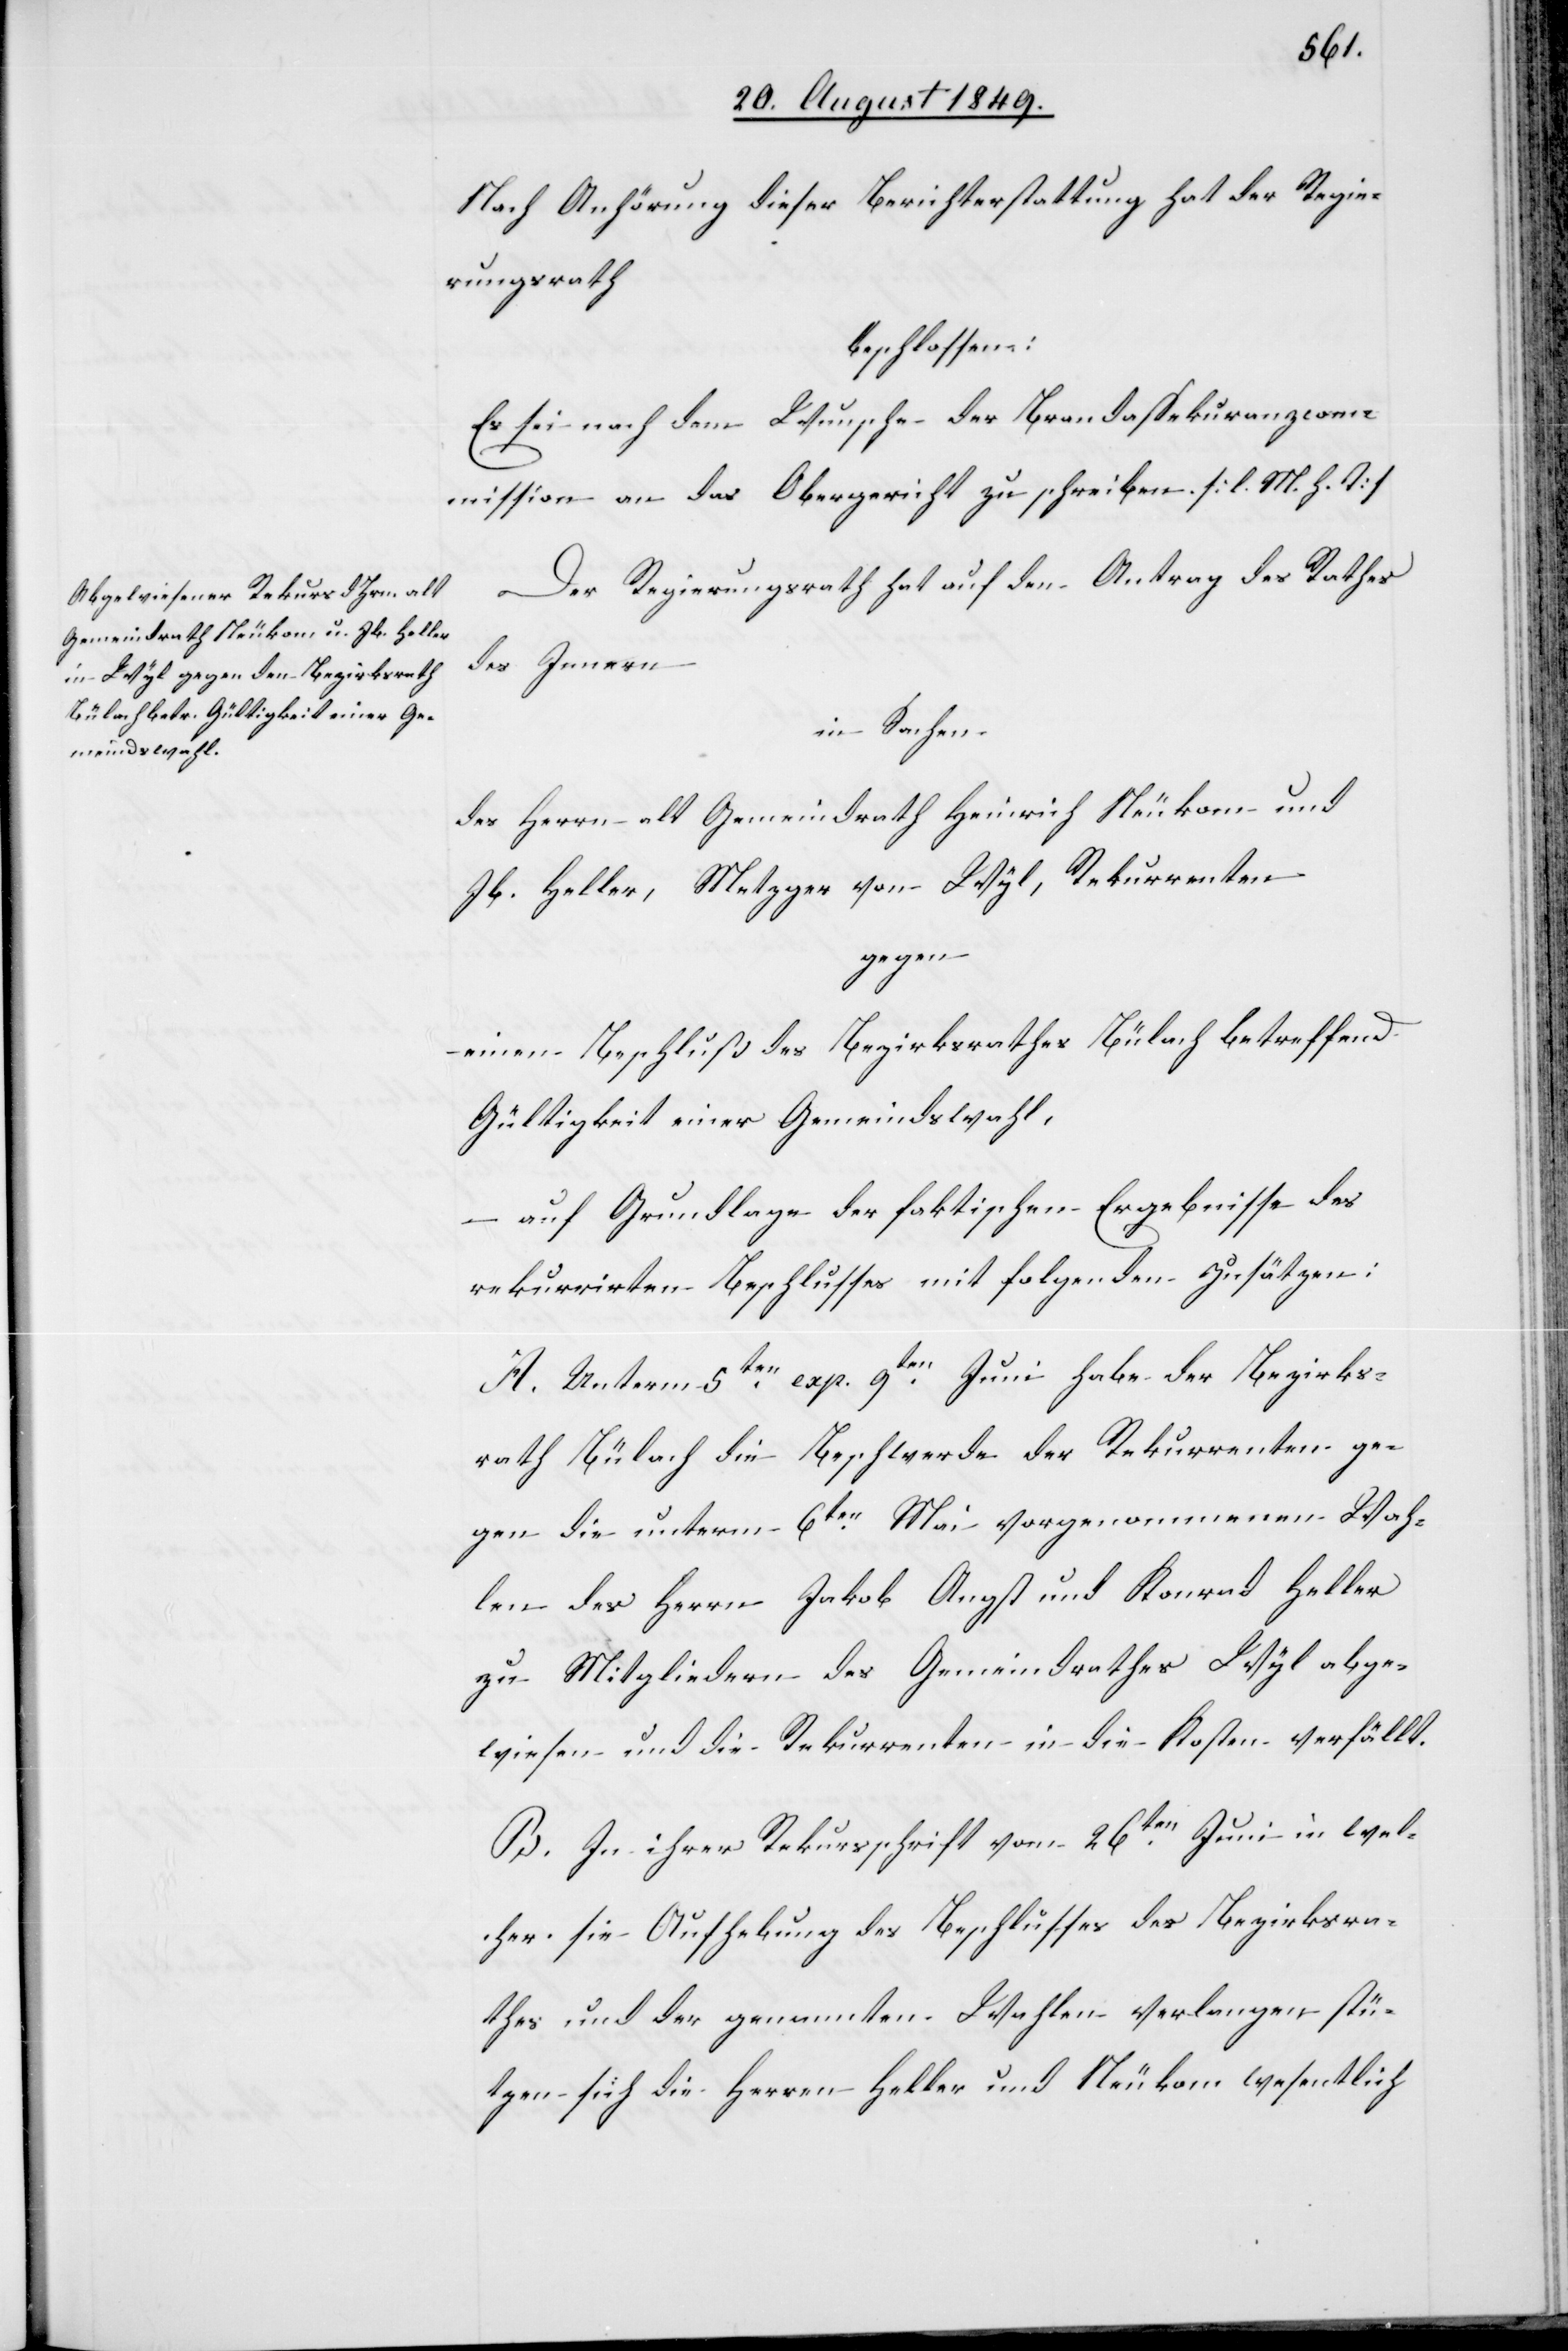
Nach Anhörung dieser Berichterstattung hat der Regie¬
rungsrath
beschlossen:
Es sei nach dem Wunsche der Brandassekuranzcom¬
mission an das Obergericht zu schreiben. [l. M. h. T]
Der Regierungsrath hat auf den Antrag des Rathes
des Innern
in Sachen
des Herrn alt Gemeindrath Heinrich Neukom und
Jb. Heller, Metzger von Wyl, Rekurrenten
gegen
einen Beschluß des Bezirksrathes Bülach betreffend
Gültigkeit einer Gemeindswahl,
– auf Grundlage der faktischen Ergebnisse des
rekurrirten Beschlusses mit folgenden Zusätzen:
A. Unterm 5ten exp. 9ten Juni habe der Bezirks¬
rath Bülach die Beschwerde der Rekurrenten ge¬
gen die unterm 6ten Mai vorgenommenen Wah¬
len des Herrn Jakob Angst und Konrad Heller
zu Mitgliedern des Gemeindrathes Wyl abge¬
wiesen und die Rekurrenten in die Kosten verfällt.
B. In ihrer Rekursschrift vom 26ten Juni in wel¬
cher sie Aufhebung des Beschlusses des Bezirksra¬
thes und der genannten Wahlen verlangen stü¬
tzen sich die Herren Heller und Neukom wesentlich